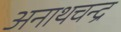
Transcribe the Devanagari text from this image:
अनाथचन्द्र